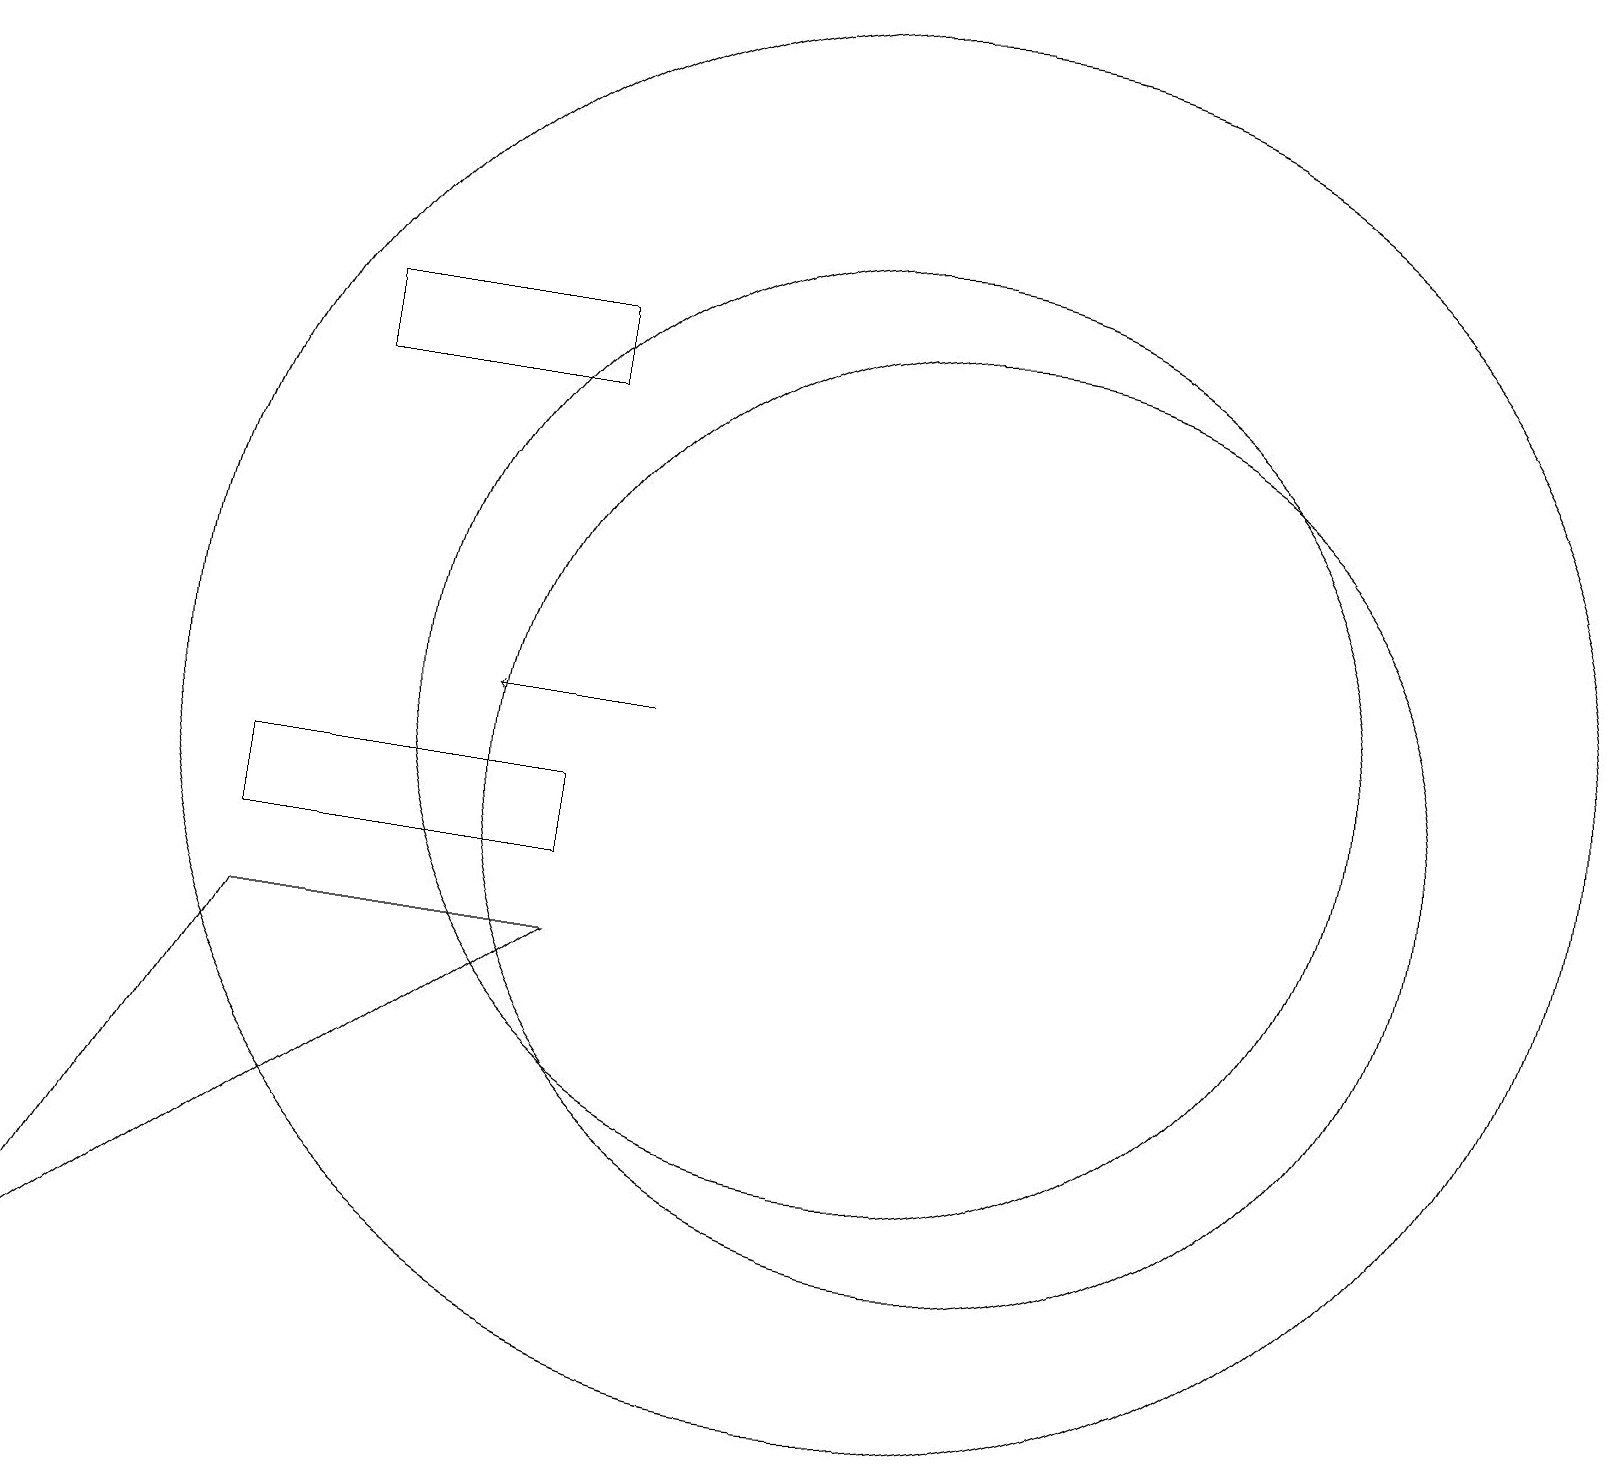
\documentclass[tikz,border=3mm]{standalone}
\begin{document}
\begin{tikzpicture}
\draw (4,16) rectangle (6,16);
\draw (7,16) rectangle (4,17);
\draw (12,11) circle (6);
\draw[->] (8,12) -- (6,12);
\draw (11,12) circle (6);
\draw (3,9) -- (0,4) -- (7,9) -- cycle;
\draw (11,12) circle (9);
\draw (7,11) rectangle (3,10);
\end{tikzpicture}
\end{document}